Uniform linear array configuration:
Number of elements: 24
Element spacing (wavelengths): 0.25
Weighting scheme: exponential
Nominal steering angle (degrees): -30
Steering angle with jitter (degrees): -28.565
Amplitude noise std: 0.05
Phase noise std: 0.05

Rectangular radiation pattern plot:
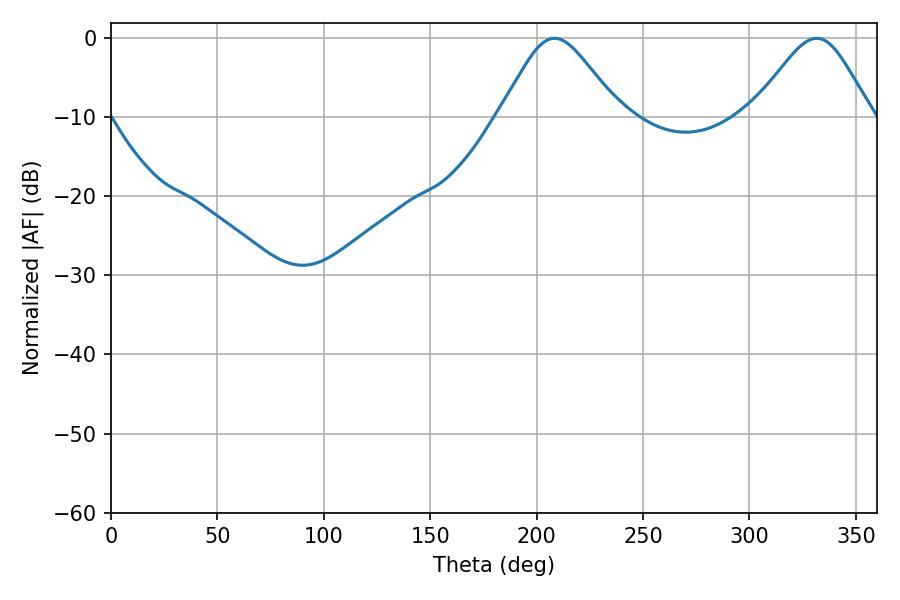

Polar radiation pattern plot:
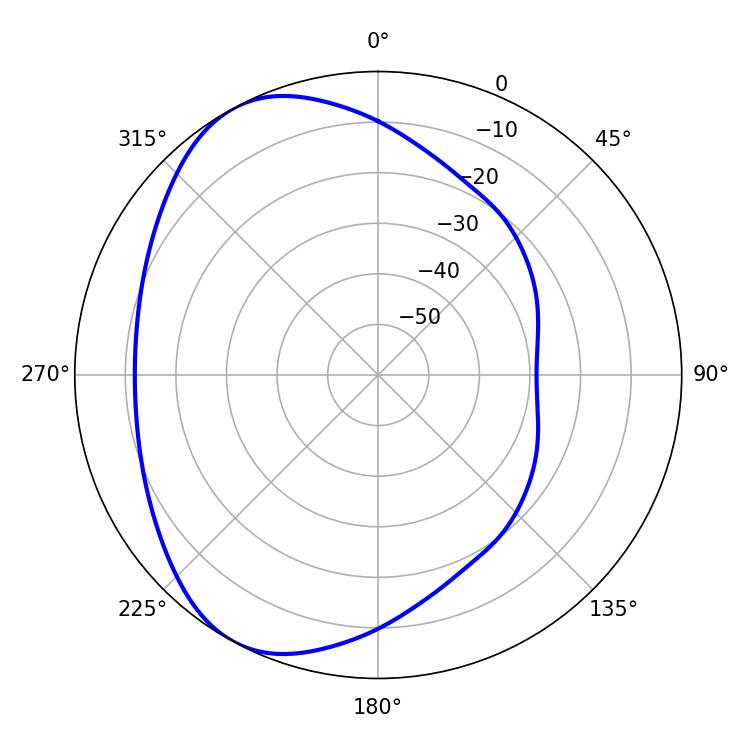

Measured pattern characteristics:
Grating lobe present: FALSE
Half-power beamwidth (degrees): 27.36
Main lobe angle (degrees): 208.44